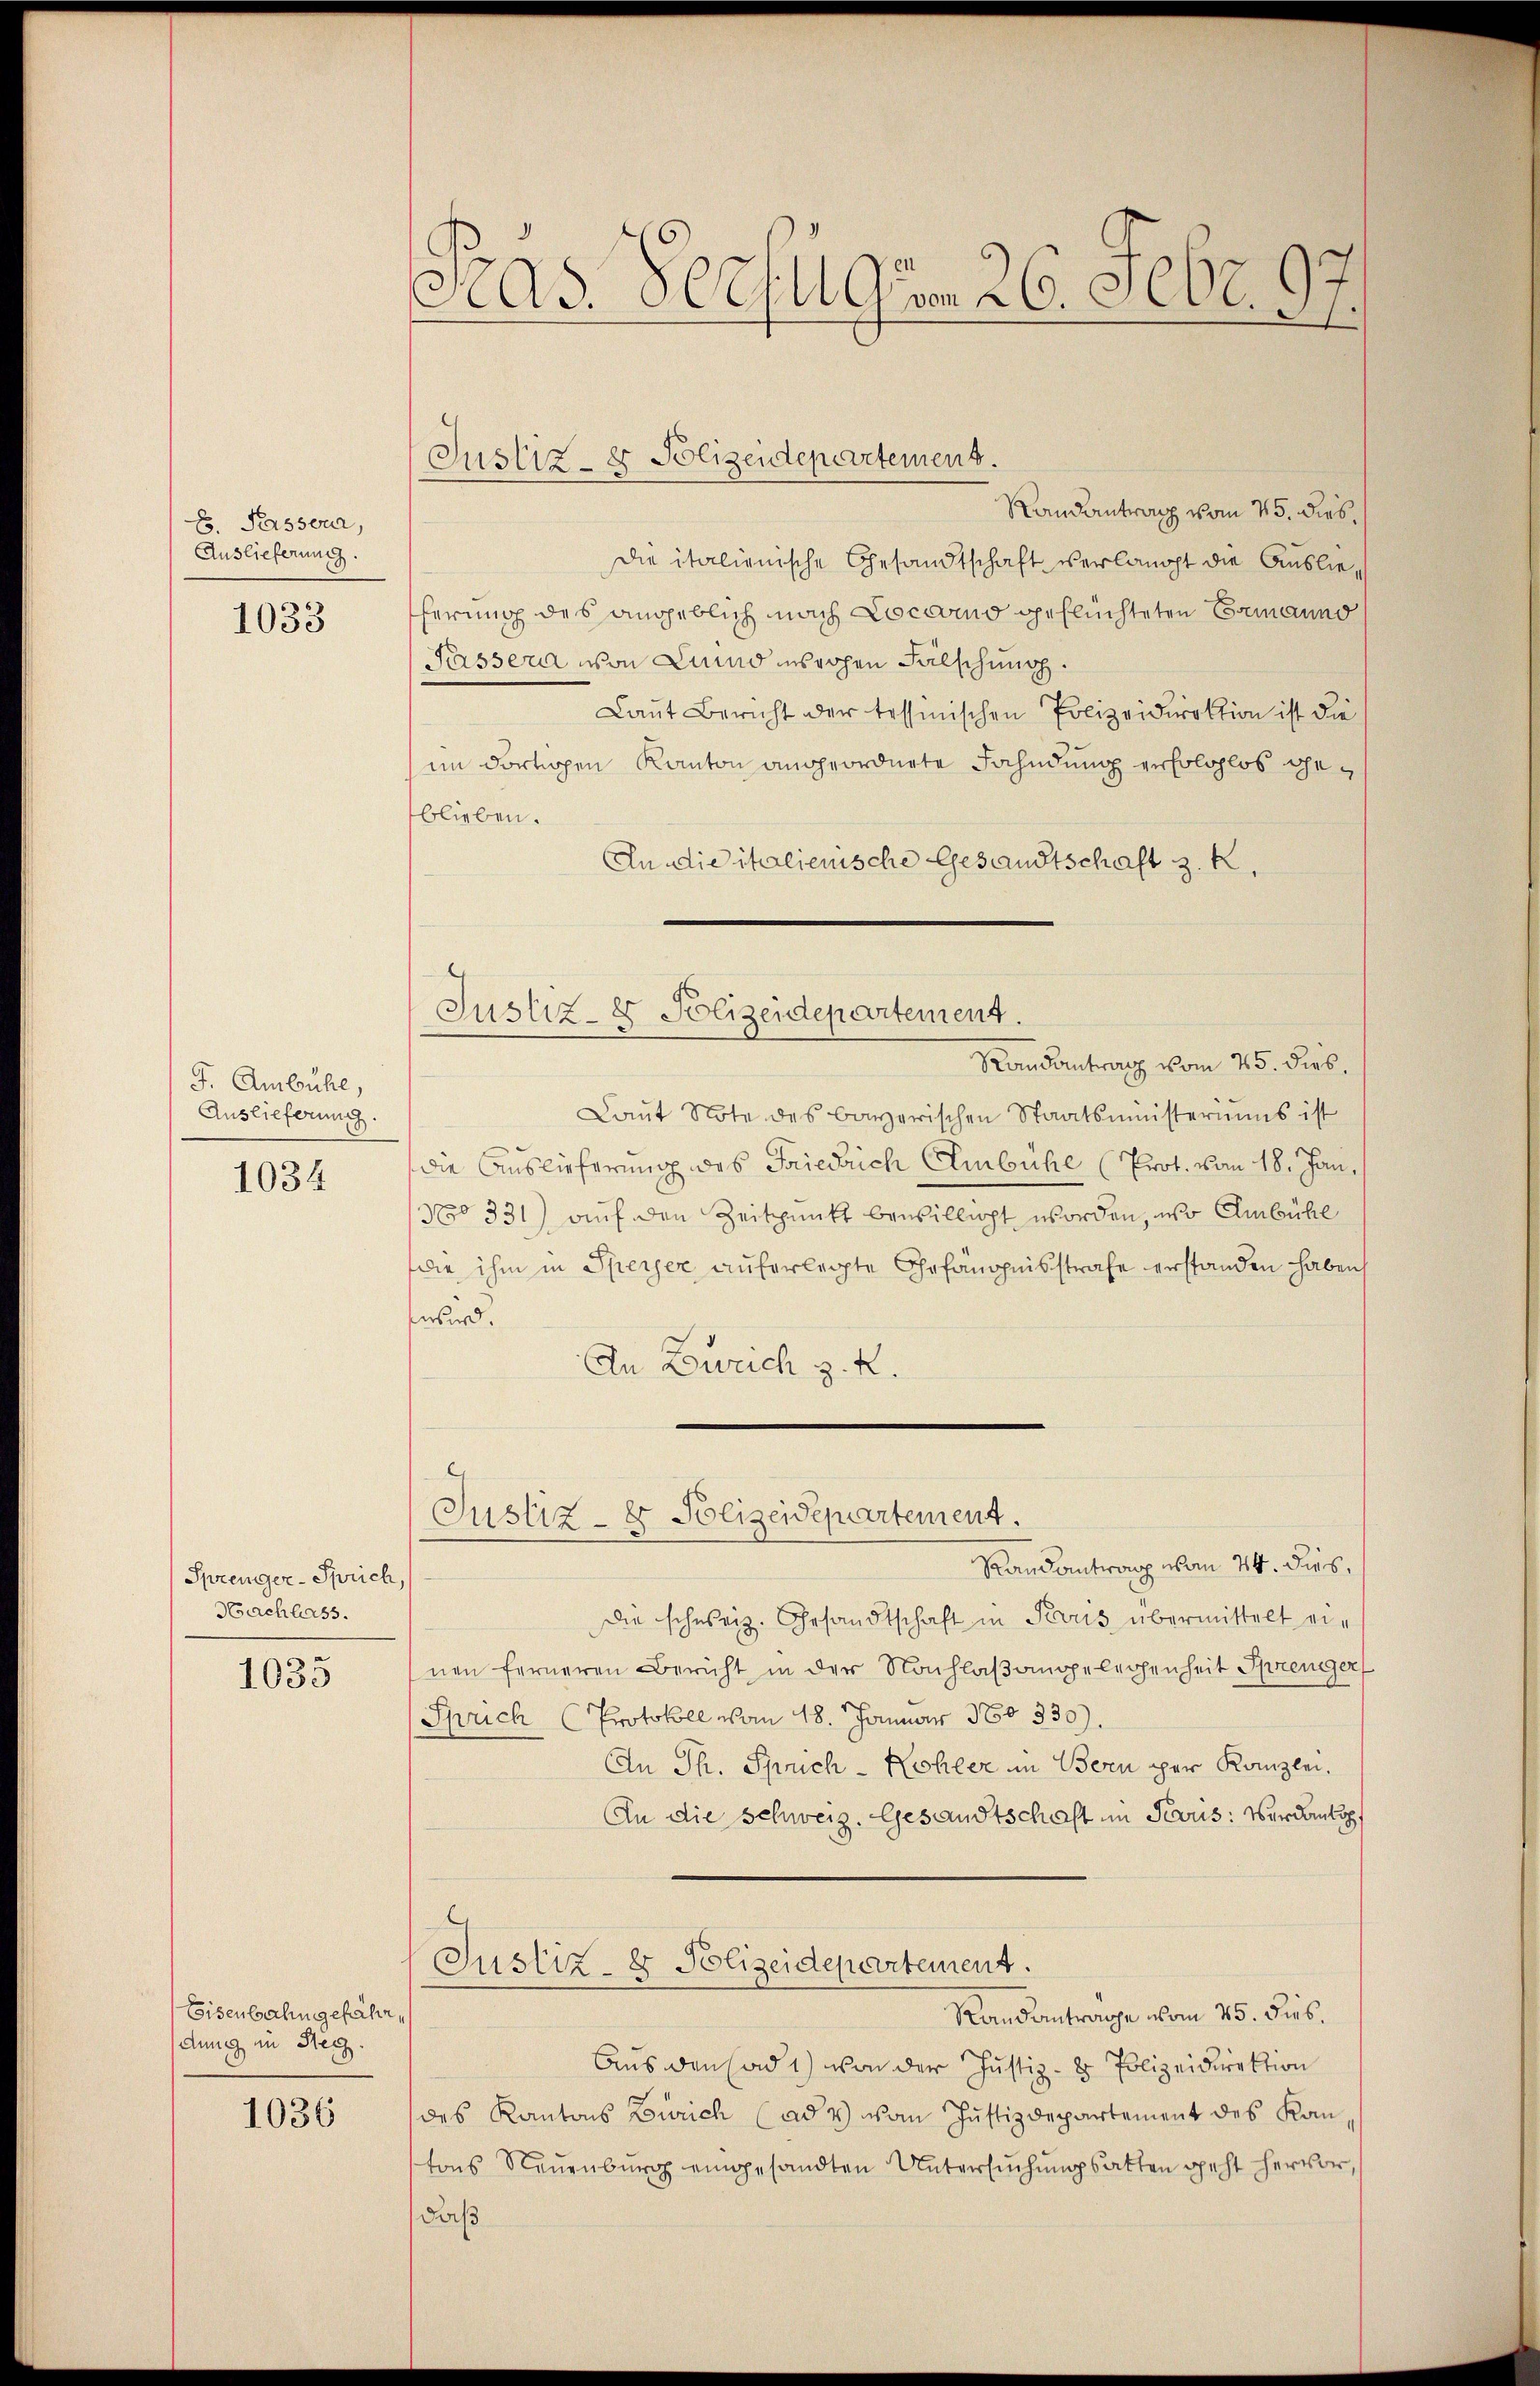
B. Passera,
Auslieferung.

1033

J. Ambühl,
Auslieferung.

1034

Sprenger-Sprich,
Nachlass.

1035

Eisenbahn gefähr,
dung in Steg.

1036

Pras Verfügen 26. Febr. 197.

Justiz- & Polizeidepartement.
Randantrag vom 25. dies,
die italienische Gesandtschaft verlangt die Ausliehernach des angeblich nach Locarno geflüchteten Ermannd
Pässera von Lund rohen Fälschung.
Laut Bericht der tessinischen Polizeidirektion ist die
im dortigen Kanton angeordnete Fahndung erfolglos geblieben.
An die italienische Gesandtschaft z. K.
Randantrag vom 25. Dieb.
Laŭt Note des bayerischen Staatsministeriums ist
Die Auslieferung des Friedrich Ambühl (Prot. vom 18. Jan.
Nro 331) auf den Zeitpunkt bewillicht worden, wo Ambühl
die ihm in Speiser auferlegte Gefängnisstrafe erstanden haben,
wird.
An Zweich z. R.
Justiz- & Polizeidepartement.
Randantrag von 24. dies,
die schweiz. Gesandtschaft in Perus übermittelt einen ferneren Bericht in der Nachlaßangelegenheit Sprenger
Sprich (Protokoll vom 18. Januar 180. 330).
An Th. Sprich - Kohler in Bern per Kanzlei.
An die Schweiz. Gesandtschaft im Paris: Verdankopf
Justiz- & Polizeidepartement.
Randanträge vom 25. dies.
Aus den ad 1) von der Justiz- & Polizeidirektion
des Kantons Zürich (ad & vom Justizdepartement des Kan-
tons Neuenburg eingesandten Untersuchungsatten geht hervor,
daß

Justiz- & Polizeidepartement.